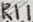
Text: R11